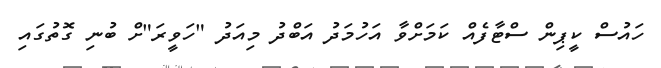
ހައުސް ކީޕިން ސްޓާފެއް ކަމަށްވާ އަހުމަދު އަބްދު މިއަދު "ހަވީރަ"ށް ބުނި ގޮތުގައި